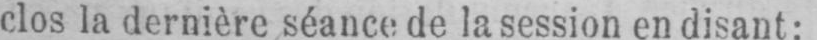
clos la dernière séance de la session en disant: